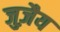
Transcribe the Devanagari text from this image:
जुज़ैय